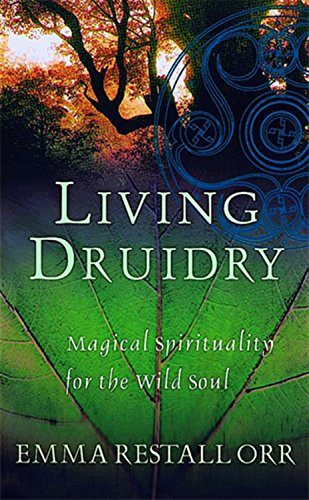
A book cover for Living Druidry: Magical Spirituality for the Wild Soul; Emma Restall Orr; Religion & Spirituality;